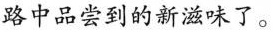
路中品尝到的新滋味了。